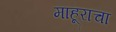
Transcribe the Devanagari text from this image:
माहूराचा